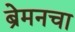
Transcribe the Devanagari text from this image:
ब्रेमनचा